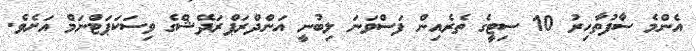
އެންމެ ސާފުތާހިރު 10 ސިޓީގެ ތެރެއިން ފަސްވަނަ ލިބުނީ އަންދްރަޕްރަދޭޝްގެ ވިސަކަޕަޓްނަމް އަށެވެ.